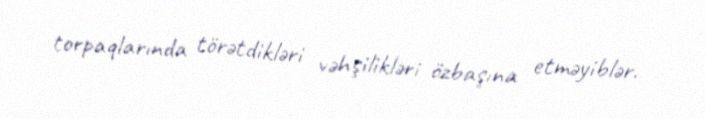
torpaqlarında törətdikləri vəhşilikləri özbaşına etməyiblər.